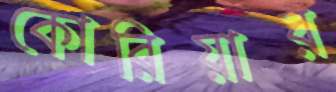
কোরিয়ার